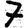
Digit: 7